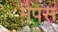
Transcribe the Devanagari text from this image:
मैपस